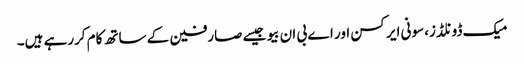
میک ڈونلڈز، سونی ایرکسن اور اے بی ان بیو جیسے صارفین کے ساتھ کام کررہے ہیں۔